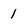
Character: 1